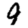
Digit: 9